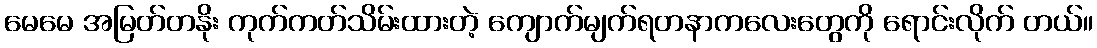
မေမေ အမြတ်တနိုး ကုက်ကတ်သိမ်းထားတဲ့ ကျောက်မျက်ရတနာကလေးတွေကို ရောင်းလိုက် တယ်။